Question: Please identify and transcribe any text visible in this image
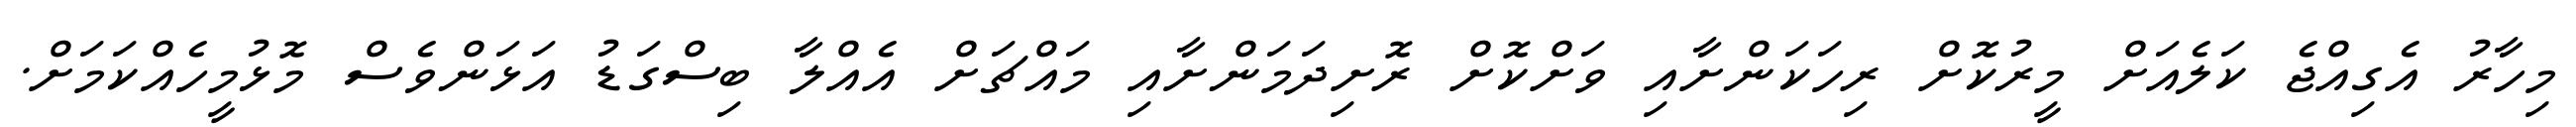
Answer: މިހާރު އެގިއްޖެ ކަލެއަށް މީރުކޮށް ރިހަކަންށާއި ވަށްކޮށް ރޮށިދަމަންށާއި މައްޗަށް އެއްލާ ބިސްގަޑު އަޅަންވެސް މޮޅުމީހެއްކަމަށް.